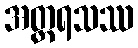
အတ္ထရသဿ